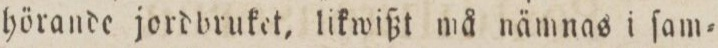
hörande jordbruket, likwißt må nämnas i ſam=